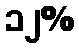
၁၂%